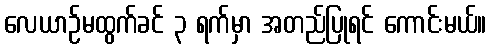
လေယာဉ်မထွက်ခင် ၃ ရက်မှာ အတည်ပြုရင် ကောင်းမယ်။